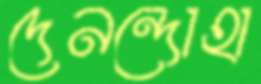
দেনন্দোহা